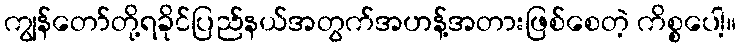
ကျွန်တော်တို့ရခိုင်ပြည်နယ်အတွက်အဟန့်အတားဖြစ်စေတဲ့ ကိစ္စပေါ့။